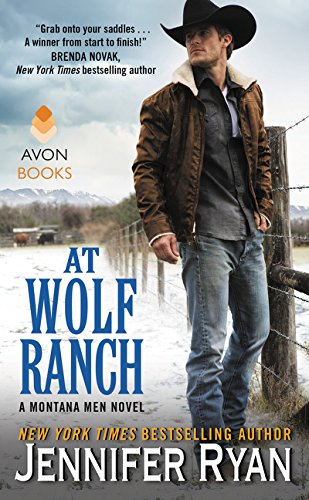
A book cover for At Wolf Ranch: A Montana Men Novel; Jennifer Ryan; Romance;